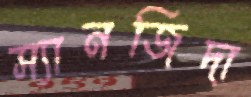
স্যানজিদা